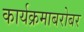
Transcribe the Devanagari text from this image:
कार्यक्रमाबरोबर